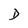
Character: D